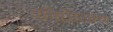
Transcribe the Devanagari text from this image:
वेनिझिलोस